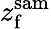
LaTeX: z_{\mathrm{f}}^{\mathrm{sam}}